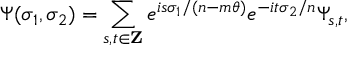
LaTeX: \Psi ( \sigma _ { 1 } , \sigma _ { 2 } ) = \sum _ { s , t \in { \bf Z } } e ^ { i s \sigma _ { 1 } / ( n - m \theta ) } e ^ { - i t \sigma _ { 2 } / n } \Psi _ { s , t } ,